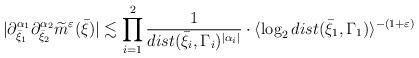
LaTeX: \begin{align*} |\partial^{\alpha_{1}}_{\bar{\xi}_{1}}\partial^{\alpha_{2}}_{\bar{\xi}_{2}}\widetilde{m}^{\varepsilon}(\bar{\xi})|\lesssim \prod_{i=1}^{2}\frac{1}{dist(\bar{\xi}_{i},\Gamma_{i})^{|\alpha_{i}|}}\cdot\langle\log_{2}dist(\bar{\xi}_{1},\Gamma_{1})\rangle^{-(1+\varepsilon)}\end{align*}